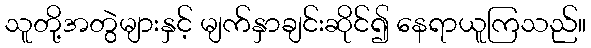
သူတို့အတွဲများနှင့် မျက်နှာချင်းဆိုင်၍ နေရာယူကြသည်။